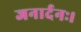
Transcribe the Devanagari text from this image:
जनार्दनः।